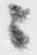
ニ